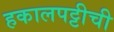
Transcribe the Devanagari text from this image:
हकालपट्टीची